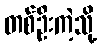
တစ်ဦးကဲ့သို့